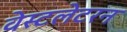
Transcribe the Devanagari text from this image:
वेस्टलेटरन